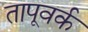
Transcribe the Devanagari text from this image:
तापूवर्क